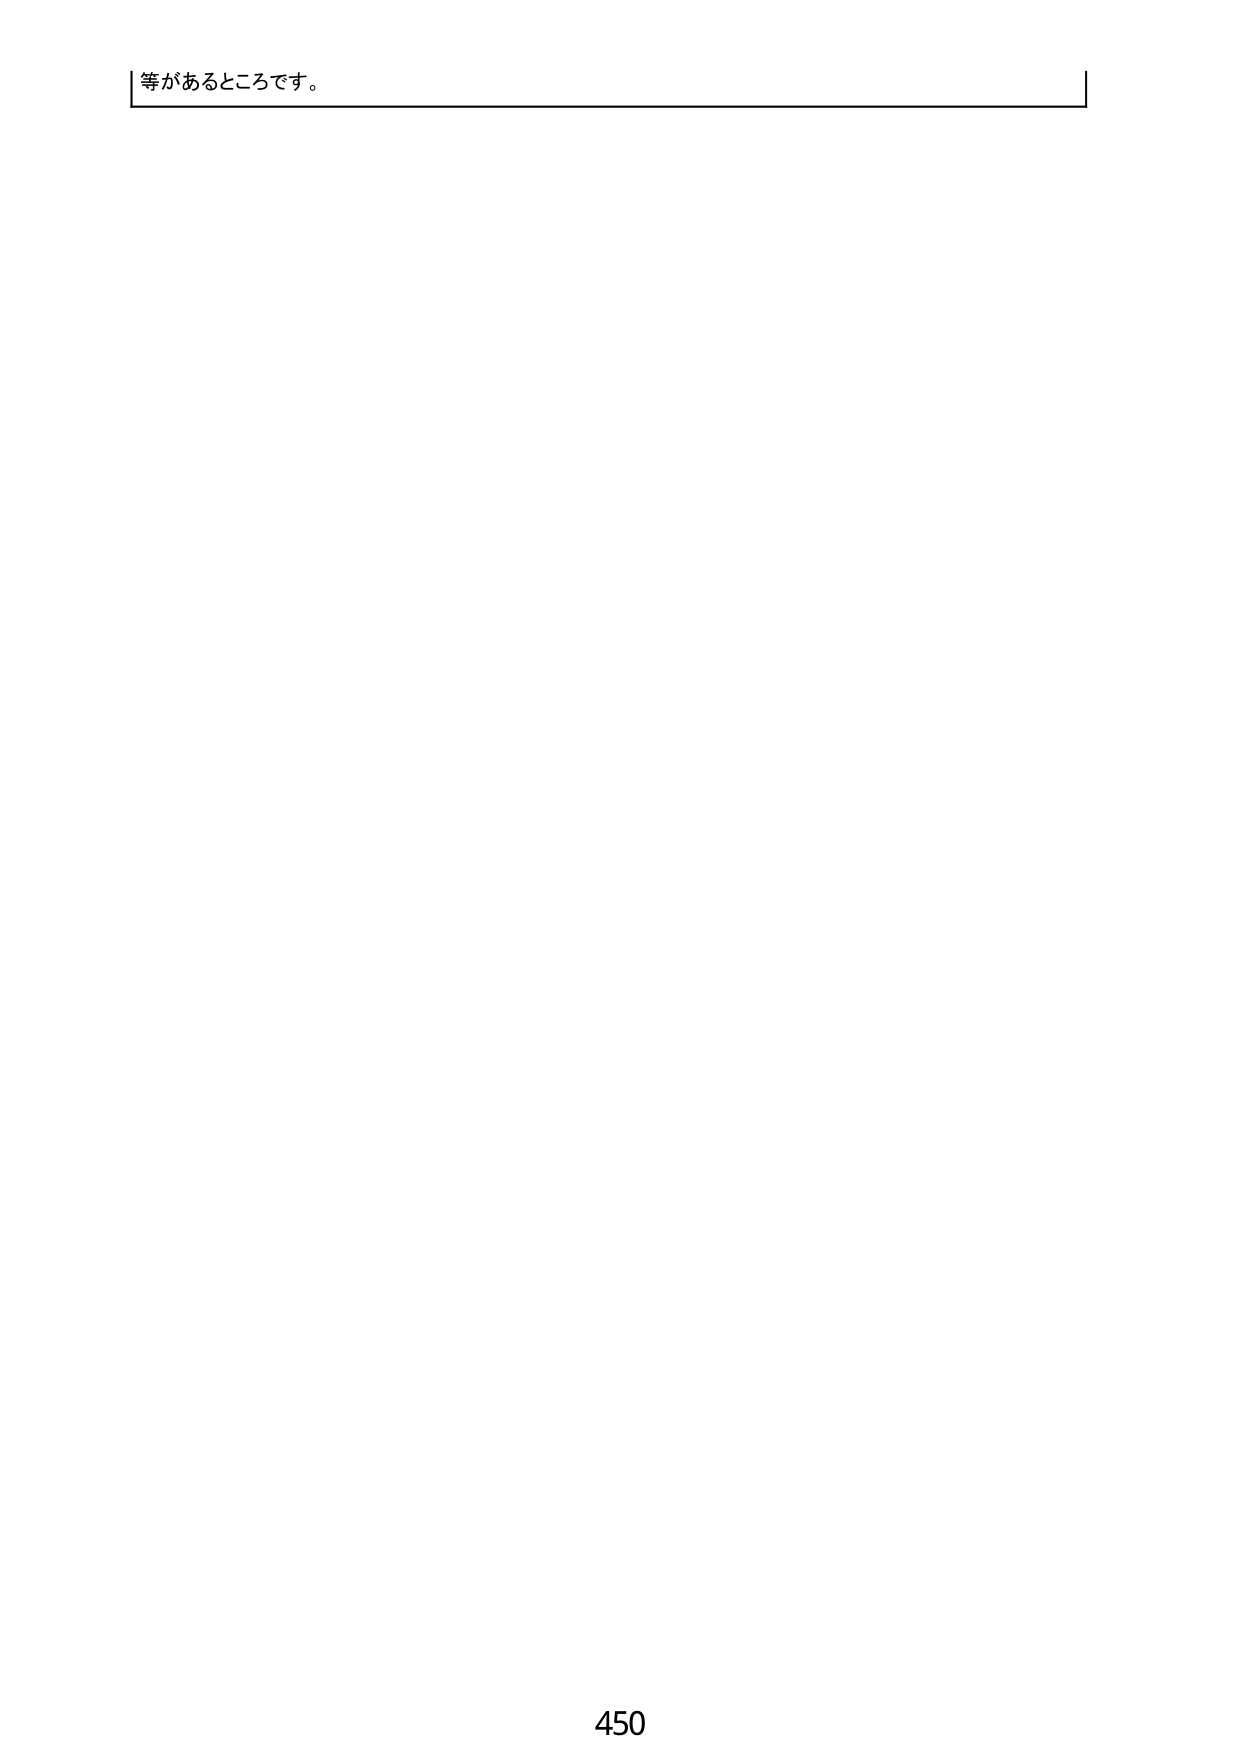
等があるところです。

450